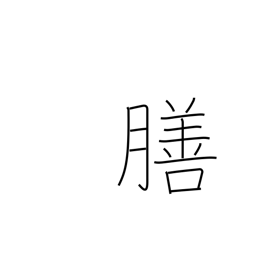
Meaning: tray